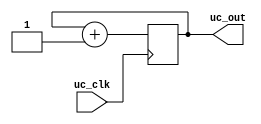
`timescale 1ns / 1ps
//////////////////////////////////////////////////////////////////////////////////
// Company: 
// Engineer: 
// 
// Design Name: 
// Module Name: threeBitUC
// Project Name: 
// Target Devices: 
// Tool Versions: 
// Description: 
// 
// Dependencies: 
// 
// Revision:
// Revision 0.01 - File Created
// Additional Comments:
// 
//////////////////////////////////////////////////////////////////////////////////


module threeBitUC(
    input uc_clk,
    output reg [2:0] uc_out
    );
    
 initial
    uc_out = 0;
always@(posedge uc_clk) begin:UCH_OP
    uc_out <= uc_out+1;
end
endmodule